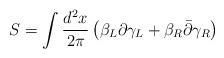
LaTeX: \begin{align*}S=\int {d^2x\over 2\pi}\left(\beta_L\partial\gamma_L+\beta_R\bar{\partial}\gamma_R\right)\end{align*}